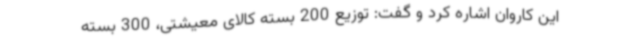
این کاروان اشاره کرد و گفت: توزیع 200 بسته کالای معیشتی، 300 بسته